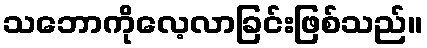
သဘောကိုလေ့လာခြင်းဖြစ်သည်။